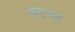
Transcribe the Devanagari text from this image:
महजूब